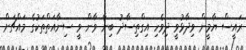
ރައީސް ޔާމީން ވިދާޅުވީ ދިވެހި އިގްތިސާދު ބިނާ ވާން ވީ ސިނާއަތްތަކުގެ މައްޗަށް